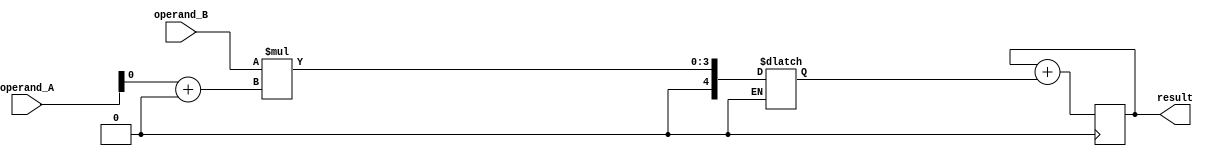
module Radix4Multiplier(
    input [7:0] operand_A,
    input [7:0] operand_B,
    output reg [15:0] result
);

reg [3:0] partial_product[3:0];
reg [4:0] accumulator;
reg [3:0] multiplier_index;
reg [2:0] stage_index;

// Initialization
initial begin
    result = 16'h0;
    multiplier_index = 4'h0;
    stage_index = 3'h0;
end

// Partial Product Generation
always @(*) begin
    partial_product[0] = operand_B * (operand_A[0] + (stage_index > 0 ? operand_A[4] : 0));
    partial_product[1] = operand_B * (operand_A[1] + (stage_index > 0 ? operand_A[5] : 0));
    partial_product[2] = operand_B * (operand_A[2] + (stage_index > 0 ? operand_A[6] : 0));
    partial_product[3] = operand_B * (operand_A[3] + (stage_index > 0 ? operand_A[7] : 0));
end

// Multiplication Stage
always @(*) begin
    case(multiplier_index)
        4'h0: accumulator = partial_product[0];
        4'h1: accumulator = partial_product[0] ^ (partial_product[1] << 2) ^ (partial_product[1] << 4);
        4'h2: accumulator = partial_product[0] ^ (partial_product[1] << 2) ^ (partial_product[2] << 4) ^ (partial_product[3] << 6);
        4'h3: accumulator = partial_product[0] ^ (partial_product[1] << 2) ^ (partial_product[2] << 4) ^ (partial_product[3] << 6) ^ (accumulator << 8);
    endcase
end

// Accumulation Stage
always@(posedge clk) begin
    result <= result + accumulator;
end

endmodule